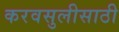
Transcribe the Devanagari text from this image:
करवसुलीसाठी